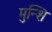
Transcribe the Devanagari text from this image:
मुन्शि